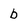
Character: b